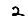
Digit: 2